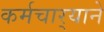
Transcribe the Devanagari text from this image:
कर्मचार्‍याने